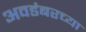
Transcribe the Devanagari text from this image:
अवडंबरच्या